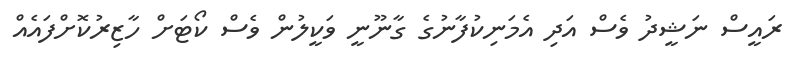
ރައީސް ނަޝީދު ވެސް އަދި އެމަނިކުފާނުގެ ގާނޫނީ ވަކީލުން ވެސް ކޯޓަށް ހާޒިރުކޮށްފައެއް